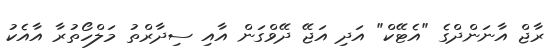
ރާޖް އާނަންދްގެ "އެޓޭކް" އަދި އަޖޭ ދޭވްގަން އާއި ސިދާރްތު މަލްހޯތުރާ އާއެކު